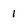
Character: 1